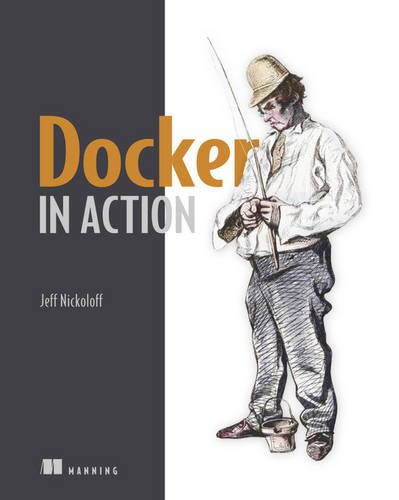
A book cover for Docker in Action; Jeff Nickoloff; Computers & Technology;